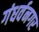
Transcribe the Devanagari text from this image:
गंधर्वनगर